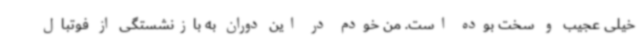
خیلی عجیب و سخت بوده است. من خودم در این دوران به بازنشستگی از فوتبال